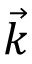
\vec { k }